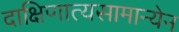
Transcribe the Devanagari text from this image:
दाक्षिणात्यसामान्येन